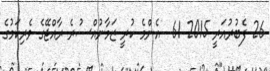
26 ފެބުރުއަރީ 2015 61  އެންމެ ކުރީ ޒަމާނުއްސުރެ ރާއްޖޭގެ ވެރިކަމުގެ